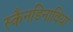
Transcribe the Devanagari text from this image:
स्कैनडिनाविया